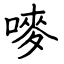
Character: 嘜